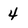
Character: 4